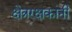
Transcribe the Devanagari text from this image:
क्षेत्ररक्षकांनी